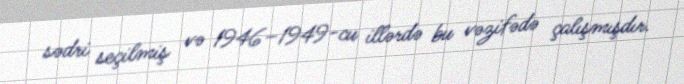
sədri seçilmiş və 1946–1949-cu illərdə bu vəzifədə çalışmışdır.